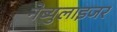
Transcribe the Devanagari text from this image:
नेब्युलाइजर